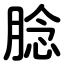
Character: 腍